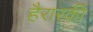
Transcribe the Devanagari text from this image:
हैरारकी